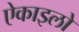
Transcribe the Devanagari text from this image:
ऐकाइलो